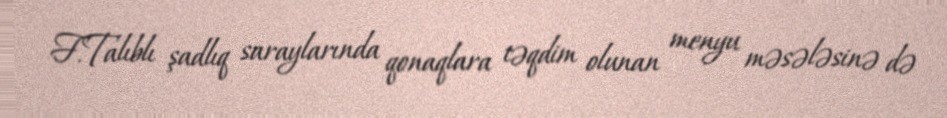
F.Talıblı şadlıq saraylarında qonaqlara təqdim olunan menyu məsələsinə də